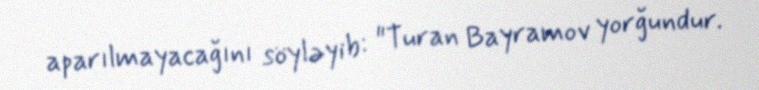
aparılmayacağını söyləyib: "Turan Bayramov yorğundur.